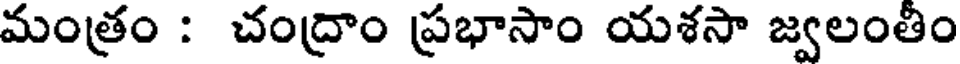
మంత్రం : చంద్రాం ప్రభాసాం యశసా జ్వలంతిం